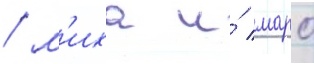
/ м'иха и́ маро